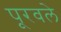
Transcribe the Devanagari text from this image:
पूरवले